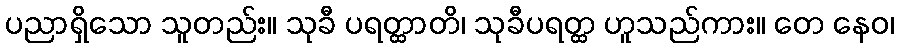
ပညာရှိသော သူတည်း။ သုခီ ပရတ္ထာတိ၊ သုခီပရတ္ထ ဟူသည်ကား။ တေ နေဝ၊